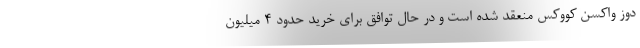
دوز واکسن کووکس منعقد شده است و در حال توافق برای خرید حدود ۴ میلیون